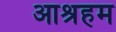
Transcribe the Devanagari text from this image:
आश्रहम